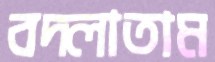
বদ্‌লাতাম